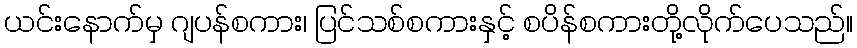
ယင်းနောက်မှ ဂျပန်စကား၊ ပြင်သစ်စကားနှင့် စပိန်စကားတို့လိုက်ပေသည်။